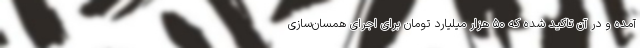
آمده و در آن تاکید شده که ۵۰ هزار میلیارد تومان برای اجرای همسان‌سازی